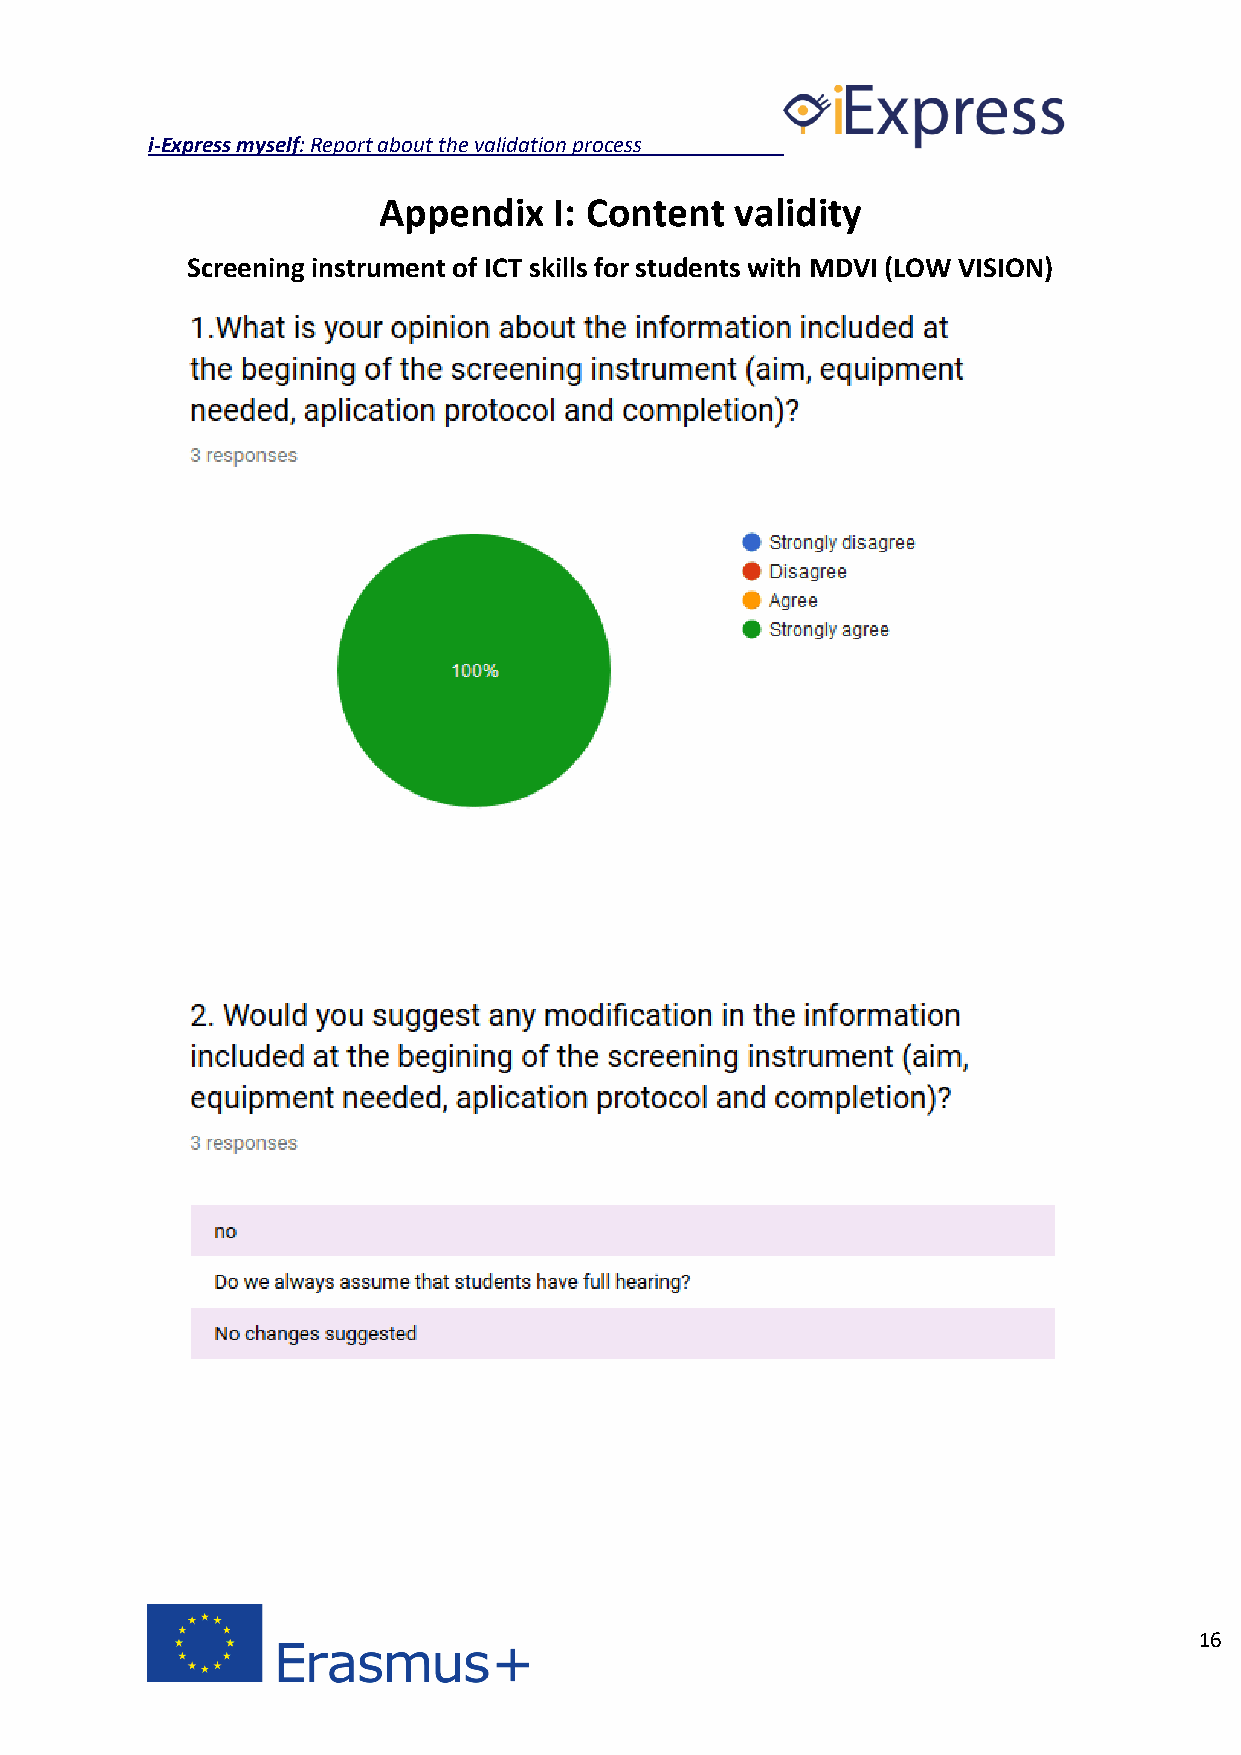
i-Express myself: Report about the validation process
 Appendix    I: Content  validity
 Screening instrument of ICT skills for students with MDVI (LOW VISION)
 16